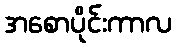
အစောပိုင်းကာလ